Insane asylums in Bengal annual reports 1867-1875 - 1867-1875
Year: 1867
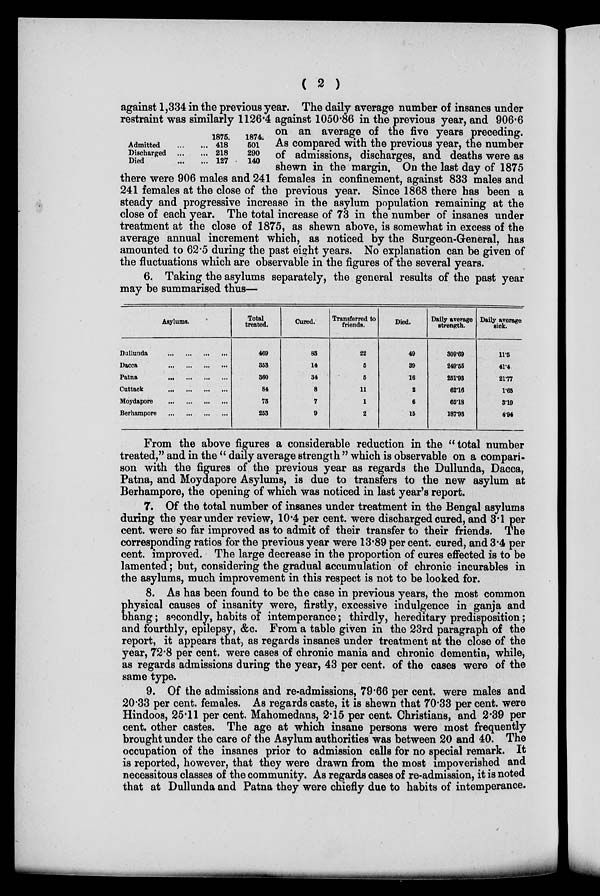
( 2 )
Admitted
...
...
Discharged
...
...
Died
...
...
1875.
418
218
127
1874.
601
290
140
against 1,334 in the previous year. The daily average number of insanes under
restraint was similarly 1126.4 against 1050.86 in the previous year, and 906.6
on an average of the five years preceding.
As compared with the previous year, the number
of admissions, discharges, and deaths were as
shewn in the margin. On the last day of 1875
there were 906 males and 241 females in confinement, against 833 males and
241 females at the close of the previous year. Since 1868 there has been a
steady and progressive increase in the asylum population remaining at the
close of each year. The total increase of 73 in the number of insanes under
treatment at the close of 1875, as shewn above, is somewhat in excess of the
average annual increment which, as noticed by the Surgeon-General, has
amounted to 62.5 during the past eight years. No explanation can be given of
the fluctuations which are observable in the figures of the several years.
6. Taking the asylums separately, the general results of the past year
may be summarised thus—
Asylums.
Dullunda ... ... ... ...
Dacca
...
...
...
...
Patna ... ... ... ...
Cuttack
...
...
...
...
Moydapore ... ... ... ...
Berhampore
...
...
...
...
Total
treated.
469
353
360
84
73
253
Cured.
83
14
34
8
7
9
Transferred to
friends.
22
5
5
11
1
2
Died.
49
39
16
2
6
15
Daily average
strength.
309.69
249.55
251.93
62.16
65.18
187.93
Daily average
sick.
11.5
41.4
21.77
1.65
3.19
4.94
From the above figures a considerable reduction in the "total number
treated," and in the " daily average strength " which is observable on a compari-
son with the figures of the previous year as regards the Dullunda, Dacca,
Patna, and Moydapore Asylums, is due to transfers to the new asylum at
Berhampore, the opening of which was noticed in last year's report.
7. Of the total number of insanes under treatment in the Bengal asylums
during the year under review, 10.4 per cent. were discharged cured, and 3.1 per
cent. were so far improved as to admit of their transfer to their friends. The
corresponding ratios for the previous year were 13.89 per cent. cured, and 3.4 per
cent. improved. The large decrease in the proportion of cures effected is to be
lamented; but, considering the gradual accumulation of chronic incurables in
the asylums, much improvement in this respect is not to be looked for.
8. As has been found to be the case in previous years, the most common
physical causes of insanity were, firstly, excessive indulgence in ganja and
bhang; secondly, habits of intemperance; thirdly, hereditary predisposition;
and fourthly, epilepsy, &c. From a table given in the 23rd paragraph of the
report, it appears that, as regards insanes under treatment at the close of the
year, 72.8 per cent. were cases of chronic mania and chronic dementia, while,
as regards admissions during the year, 43 per cent. of the cases were of the
same type.
9. Of the admissions and re-admissions, 79.66 per cent. were males and
20.33 per cent. females. As regards caste, it is shewn that 70.33 per cent. were
Hindoos, 25.11 per cent. Mahomedans, 2.15 per cent. Christians, and 2.39 per
cent. other castes. The age at which insane persons were most frequently
brought under the care of the Asylum authorities was between 20 and 40. The
occupation of the insanes prior to admission calls for no special remark. It
is reported, however, that they were drawn from the most impoverished and
necessitous classes of the community. As regards cases of re-admission, it is noted
that at Dullunda and Patna they were chiefly due to habits of intemperance.